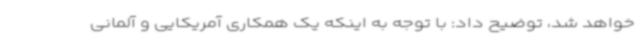
خواهد شد، توضیح داد: با توجه به اینکه یک همکاری آمریکایی و آلمانی